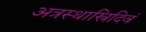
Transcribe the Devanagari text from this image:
अत्रस्थास्त्रिदिवं